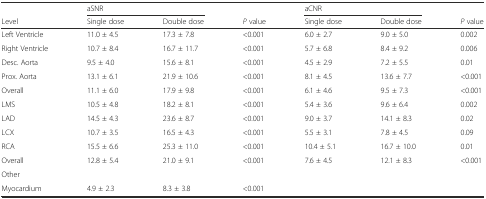
|  | <COLSPAN=2> aSNR |  | <COLSPAN=2> aCNR |  |
 | Level | Single dose | Double dose | P value | Single dose | Double dose | P value |
 | --- | --- | --- | --- | --- | --- | --- |
 | Left Ventricle | 11.0 ± 4.5 | 17.3 ± 7.8 | <0.001 | 6.0 ± 2.7 | 9.0 ± 5.0 | 0.002 |
 | Right Ventricle | 10.7 ± 8.4 | 16.7 ± 11.7 | <0.001 | 5.7 ± 6.8 | 8.4 ± 9.2 | 0.006 |
 | Desc. Aorta | 9.5 ± 4.0 | 15.6 ± 8.1 | <0.001 | 4.5 ± 2.9 | 7.2 ± 5.5 | 0.01 |
 | Prox. Aorta | 13.1 ± 6.1 | 21.9 ± 10.6 | <0.001 | 8.1 ± 4.5 | 13.6 ± 7.7 | <0.001 |
 | Overall | 11.1 ± 6.0 | 17.9 ± 9.8 | <0.001 | 6.1 ± 4.6 | 9.5 ± 7.3 | <0.001 |
 | LMS | 10.5 ± 4.8 | 18.2 ± 8.1 | <0.001 | 5.4 ± 3.6 | 9.6 ± 6.4 | 0.002 |
 | LAD | 14.5 ± 4.3 | 23.6 ± 8.7 | <0.001 | 9.0 ± 3.7 | 14.1 ± 8.3 | 0.02 |
 | LCX | 10.7 ± 3.5 | 16.5 ± 4.3 | <0.001 | 5.5 ± 3.1 | 7.8 ± 4.5 | 0.09 |
 | RCA | 15.5 ± 6.6 | 25.3 ± 11.0 | <0.001 | 10.4 ± 5.1 | 16.7 ± 10.0 | 0.01 |
 | Overall | 12.8 ± 5.4 | 21.0 ± 9.1 | <0.001 | 7.6 ± 4.5 | 12.1 ± 8.3 | <0.001 |
 | Other |  |  |  |  |  |  |
 | Myocardium | 4.9 ± 2.3 | 8.3 ± 3.8 | <0.001 |  |  |  |